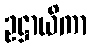
ဥဋ္ဌာယိကာ